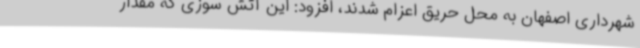
شهرداری اصفهان به محل حریق اعزام شدند، افزود: این آتش سوزی که مقدار